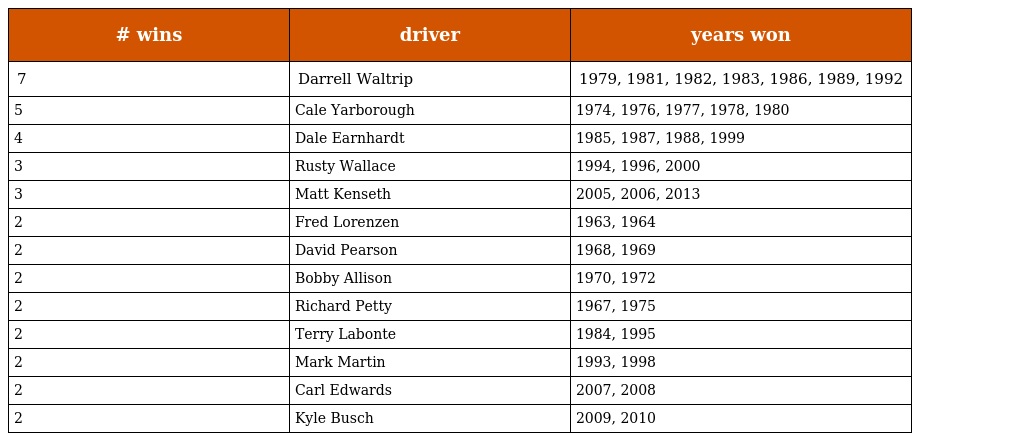
| # wins | driver | years won |
 | --- | --- | --- |
 | 7 | Darrell Waltrip | 1979, 1981, 1982, 1983, 1986, 1989, 1992 |
 | 5 | Cale Yarborough | 1974, 1976, 1977, 1978, 1980 |
 | 4 | Dale Earnhardt | 1985, 1987, 1988, 1999 |
 | 3 | Rusty Wallace | 1994, 1996, 2000 |
 | 3 | Matt Kenseth | 2005, 2006, 2013 |
 | 2 | Fred Lorenzen | 1963, 1964 |
 | 2 | David Pearson | 1968, 1969 |
 | 2 | Bobby Allison | 1970, 1972 |
 | 2 | Richard Petty | 1967, 1975 |
 | 2 | Terry Labonte | 1984, 1995 |
 | 2 | Mark Martin | 1993, 1998 |
 | 2 | Carl Edwards | 2007, 2008 |
 | 2 | Kyle Busch | 2009, 2010 |